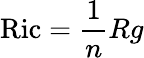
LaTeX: \operatorname{Ric}={\frac{1}{n}}Rg